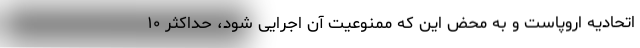
اتحادیه اروپاست و به محض این که ممنوعیت آن اجرایی شود، حداکثر ۱۰